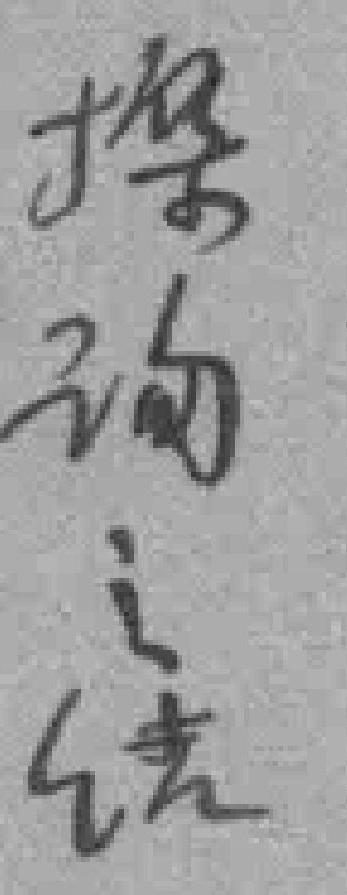
探询之*